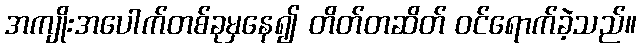
အကျိုးအပေါက်တစ်ခုမှနေ၍ တိတ်တဆိတ် ဝင်ရောက်ခဲ့သည်။